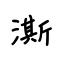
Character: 澌